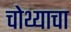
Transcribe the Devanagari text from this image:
चोथ्याचा